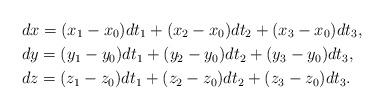
LaTeX: \begin{align*} &dx=(x_1-x_0) dt_1 +(x_2-x_0) dt_2 +(x_3-x_0) dt_3, \\&dy=(y_1-y_0) dt_1 +(y_2-y_0) dt_2 +(y_3-y_0) dt_3, \\&dz=(z_1-z_0) dt_1 +(z_2-z_0) dt_2 +(z_3-z_0) dt_3.\end{align*}